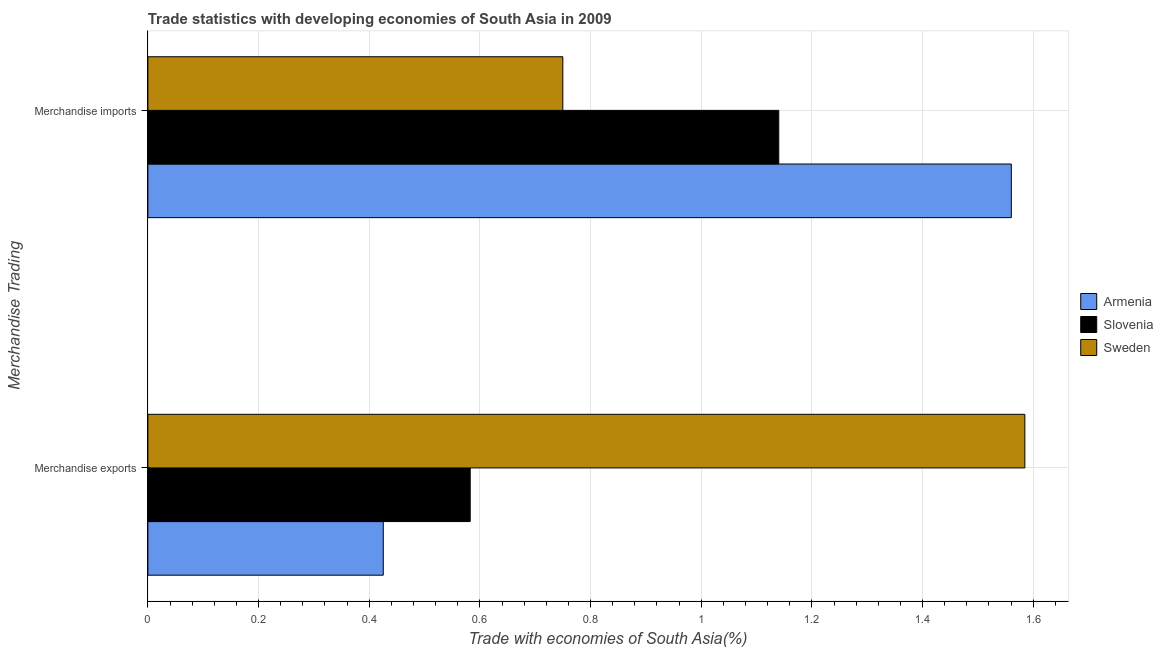
| Merchandise Trading | Armenia | Slovenia | Sweden |
 | --- | --- | --- | --- |
 | Merchandise exports | 0.425 | 0.583 | 1.58 |
 | Merchandise imports | 1.56 | 1.14 | 0.75 |